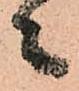
々